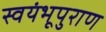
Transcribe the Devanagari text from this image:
स्वयंभूपुराण